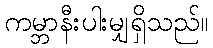
ကမ္ဘာနီးပါးမျှရှိသည်။